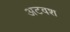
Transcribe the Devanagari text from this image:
अटवश